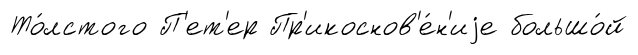
То́лстого П'ет'ер Пр'икоснов'е́н'иjе большо́й